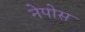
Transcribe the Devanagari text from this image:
नेपोस